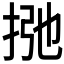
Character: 𰓩